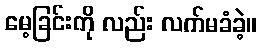
မေ့ခြင်းကို လည်း လက်မခံခဲ့။